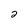
Character: 2